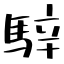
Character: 騂